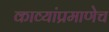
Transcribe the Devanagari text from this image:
काव्यांप्रमाणेच